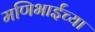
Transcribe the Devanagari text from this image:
मणिभाईंच्या